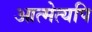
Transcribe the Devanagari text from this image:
आत्मेत्यपि